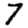
Digit: 7